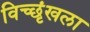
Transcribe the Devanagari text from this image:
विच्छृंखला